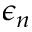
\epsilon _ { n }